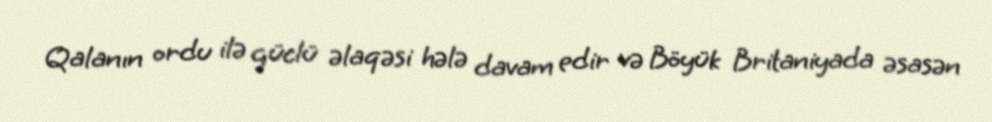
Qalanın ordu ilə güclü əlaqəsi hələ davam edir və Böyük Britaniyada əsasən